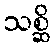
သစ္ဆိ